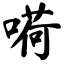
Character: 嗬